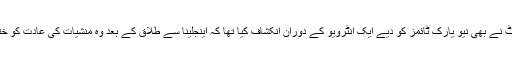
خبر رساں ادارے کے مطابق براڈ پٹ نے بھی نیو یارک ٹائمز کو دیے ایک انٹرویو کے دوران انکشاف کیا تھا کہ اینجلینا سے طلاق کے بعد وہ منشیات کی عادت کو ختم کرنے کی کوشش میں لگے رہے۔